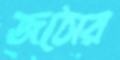
জঠোর